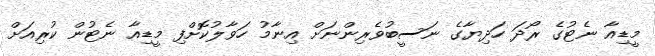
މީޑިއާ ނެޓުގެ ރޯދަ ހަދިޔާގެ ނަސީބުވެރިންނަށް އިނާމު ހަވާލުކޮށްފި މީޑިއާ ނެޓުން ކުރިއަށް